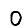
Digit: 0